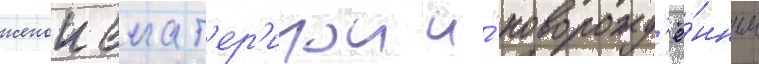
женои екат'ер'инои и́ новорожд'ё́нным